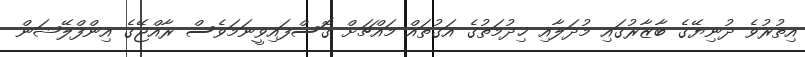
އިތުރުވެ ދުނިޔޭގެ ބާޒާރުގައި މުދަލާއި ޚިދުމަތުގެ އަގުތައް މައްޗަށް ގޮސްފައިވީނަމަވެސް ރާއްޖޭގެ އިންފްލޭޝަން